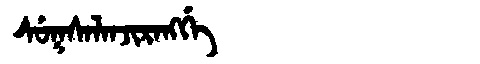
Manchu: ᠰᡠᡴᠰᠠᠯᠠᠨᠵᡳᡵᠠᠩᡤᡝ
Romanization: SUKSALANJIRANGGE